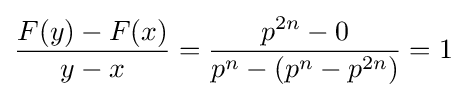
{\frac {F(y)-F(x)}{y-x}}={\frac {p^{2n}-0}{p^{n}-(p^{n}-p^{2n})}}=1